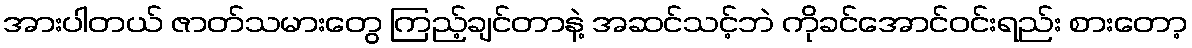
အားပါတယ် ဇာတ်သမားတွေ ကြည့်ချင်တာနဲ့ အဆင်သင့်ဘဲ ကိုခင်အောင်ဝင်းရည်း စားတော့